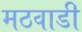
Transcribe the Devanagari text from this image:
मठवाडी